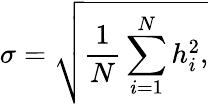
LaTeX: \sigma=\sqrt{\frac{1}{N}\sum_{i=1}^{N}h_{i}^{2},}